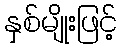
နှစ်မျိုးဖြင့်